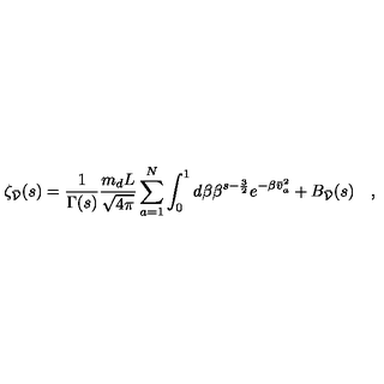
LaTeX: \zeta _ { \bar { \cal V } } ( s ) = \frac { 1 } { \Gamma ( s ) } \frac { m _ { d } L } { \sqrt { 4 \pi } } \sum _ { a = 1 } ^ { N } \int _ { 0 } ^ { 1 } d \beta \beta ^ { s - \frac { 3 } { 2 } } e ^ { - \beta \bar { v } _ { a } ^ { 2 } } + B _ { \bar { \cal V } } ( s ) \quad ,